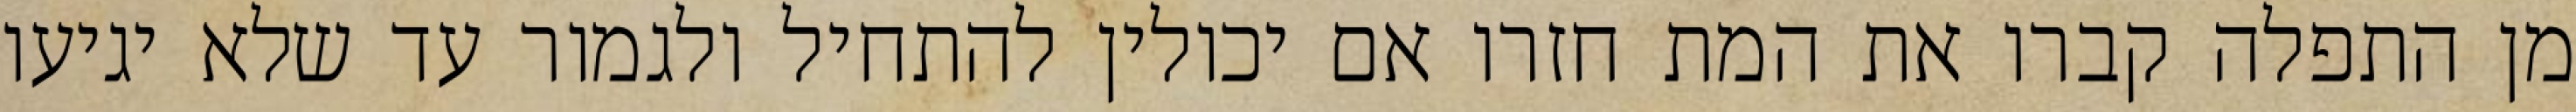
מן התפלה קברו את המת חזרו אם יכולין להתחיל ולגמור עד שלא יגיעו